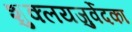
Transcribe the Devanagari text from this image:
शुक्लयजुर्वेदका